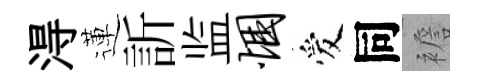
淂蓮訢监悃爱同襜